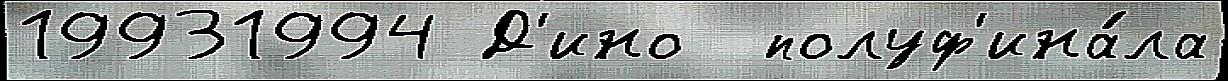
19931994 Д'ино  полуф'ина́ла